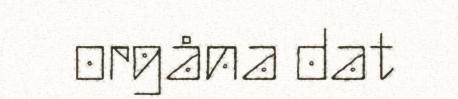
orgåna dat